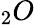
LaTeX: _{2}O